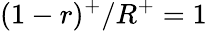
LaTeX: (1-r)^{+}/R^{+}=1